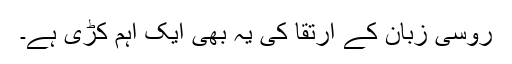
روسی زبان کے ارتقا کی یہ بھی ایک اہم کڑی ہے۔